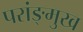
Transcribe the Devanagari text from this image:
परांङ्‌मुख